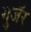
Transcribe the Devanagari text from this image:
गुजॅर